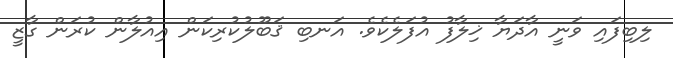
ލިބިފައި ވަނީ އާދަޔާ ޚިލާފު އުފަލެކެވެ. އަނބި ޤަބޫލުކުރިކަން އިއުލާން ކުރަން ގާޒީ